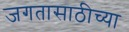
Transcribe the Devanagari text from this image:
जगतासाठीच्या